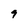
Character: 9